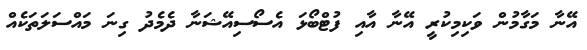
އޭނާ މަގާމުން ވަކިމިކުރީ އޭނާ އާއި ފުޓްބޯޅަ އެސޯސިއޭޝަނާ ދެމެދު ގިނަ މައްސަލަތަކެއް